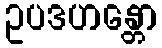
ဥပဒဟန္တော